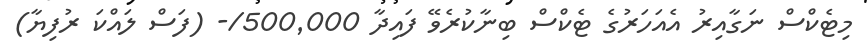
މިޓެކްސް ނަގާއިރު އެއަހަރުގެ ޓެކްސް ބިނާކުރެވޭ ފައިދާ 500